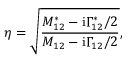
\eta = \sqrt { \frac { M _ { 1 2 } ^ { * } - \mathrm { i } \Gamma _ { 1 2 } ^ { * } / 2 } { M _ { 1 2 } - \mathrm { i } \Gamma _ { 1 2 } / 2 } } ,